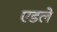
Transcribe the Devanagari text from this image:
एडले